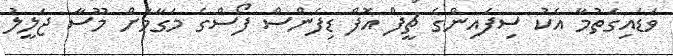
ވަޑައިގަތުމާ އެކު ސިފައިންގެ ޗީފް އޮފް ޑިފެންސް ފޯސްގެ މަގާމަށް މޫސާ ޖަލީލު